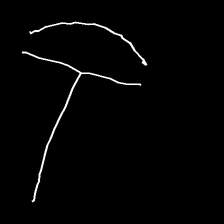
Glyph: dispersion